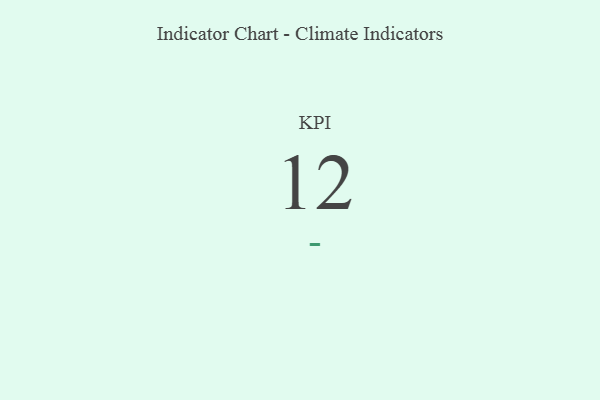
{"axis": {"x": "KPI", "y": "Value"}, "legend": [""], "data": [{"x": "KPI", "y": 12, "type": ""}]}